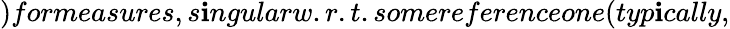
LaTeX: )formeasures,s\mathbf{i}ngularw.r.t.somereferenceone(typ\mathbf{i}cally,